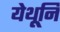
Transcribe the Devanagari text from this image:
येथूनि